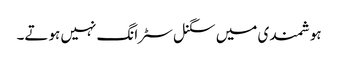
ہوشمندی میں سگنل سٹرانگ نہیں ہوتے۔